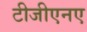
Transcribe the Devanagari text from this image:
टीजीएनए